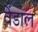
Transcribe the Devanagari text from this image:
वेंडाल